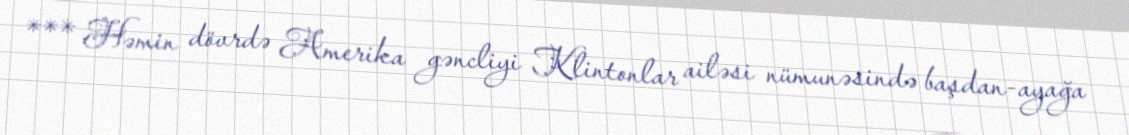
*** Həmin dövrdə Amerika gəncliyi Klintonlar ailəsi nümunəsində başdan-ayağa